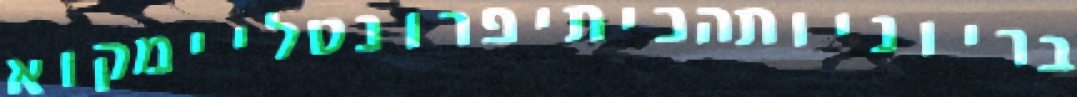
בריוניותהכיתיפרונטליימקוא